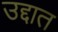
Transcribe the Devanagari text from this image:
उद्दात